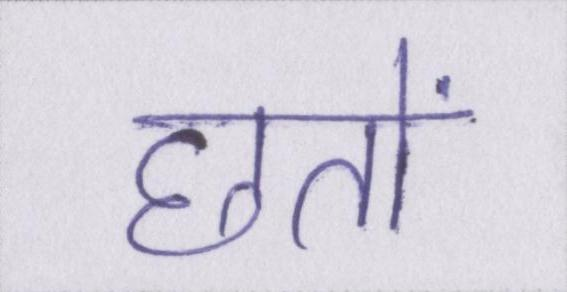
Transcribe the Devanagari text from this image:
छतों